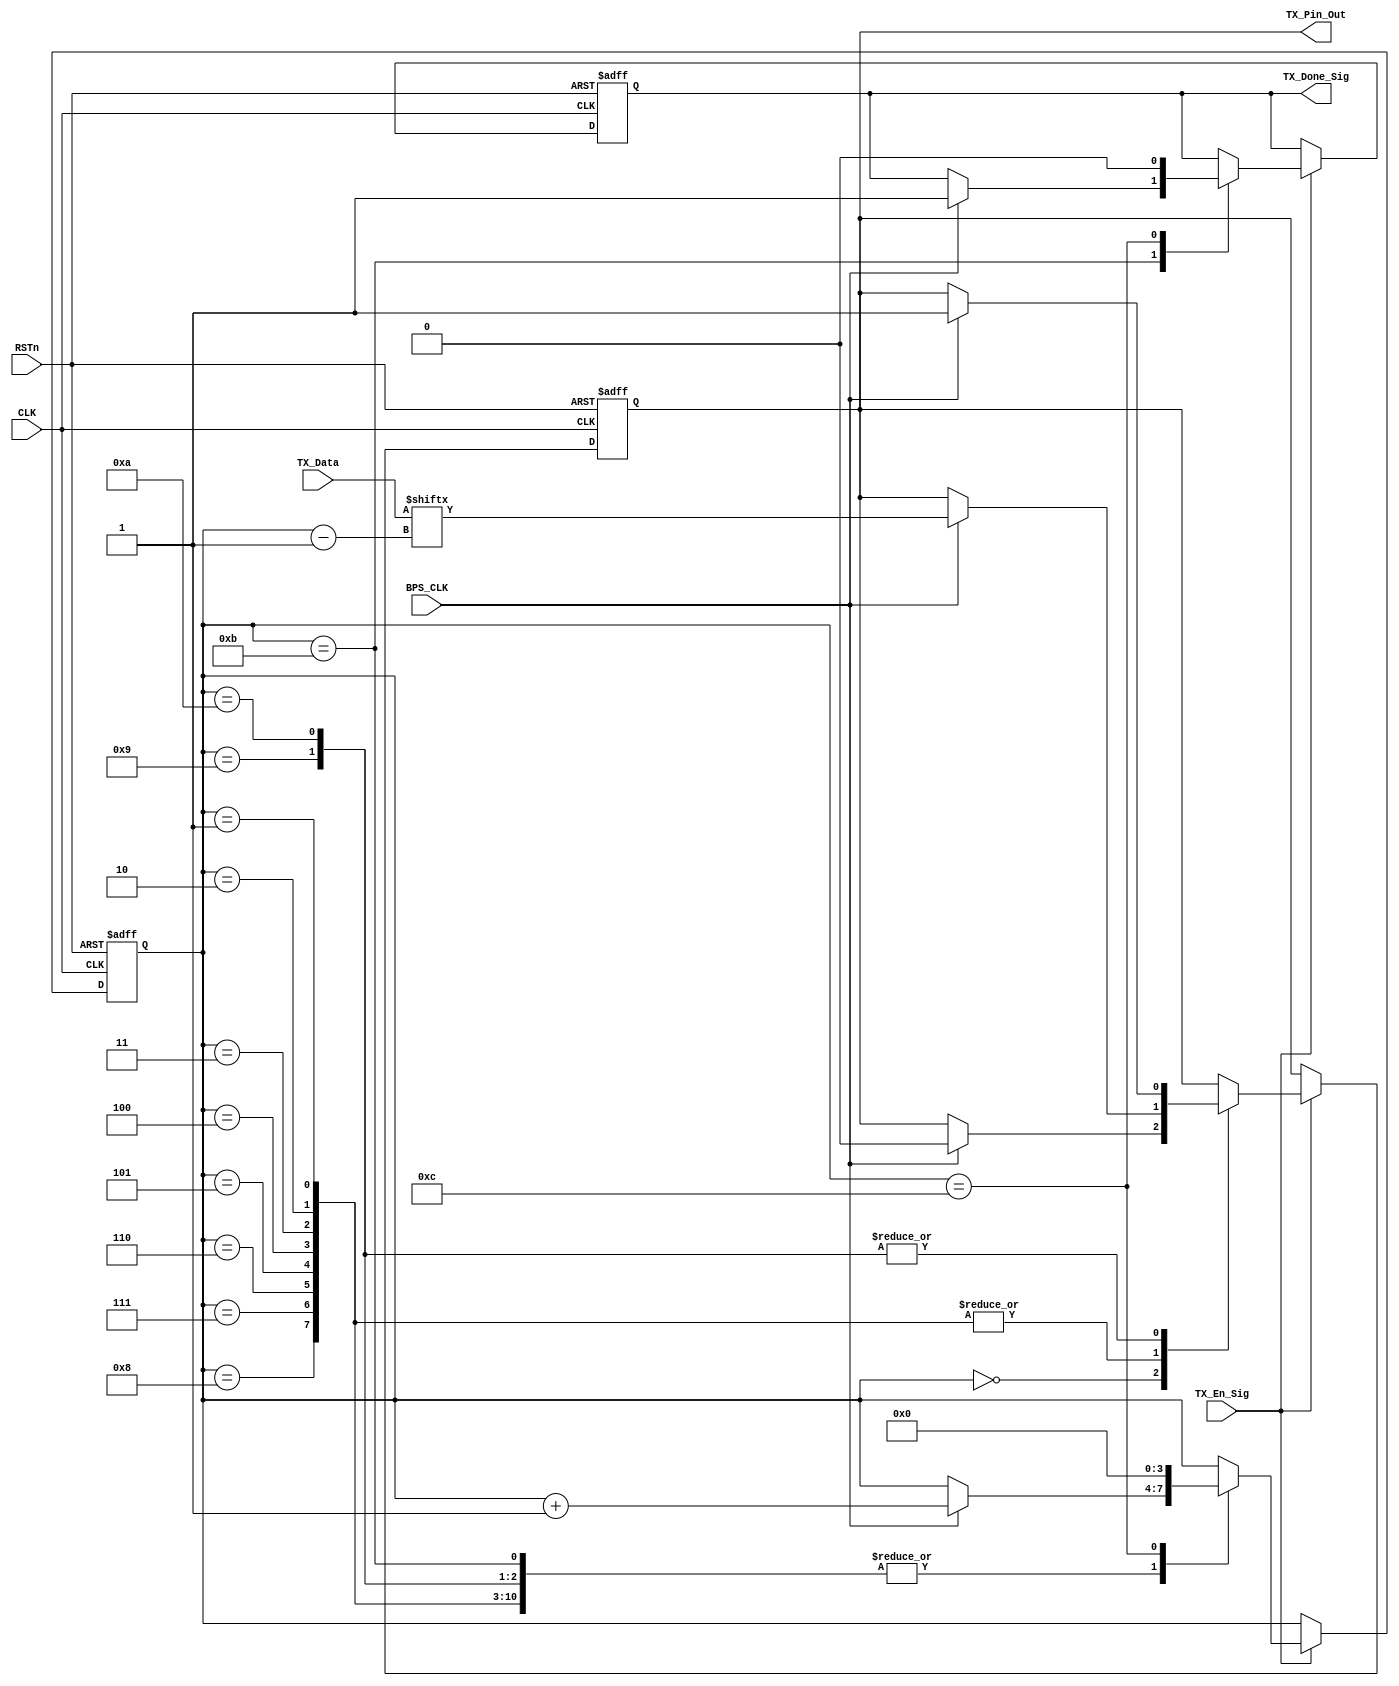
////////////////////////////////////////////////
//// TX_CTL_MODULE.v
//// 				ZHAOCHAO
////					2016-11-14
//////////////////////////////////////////////////////////////
////

module TX_CTL_MODULE
(
	CLK, RSTn,
	TX_En_Sig, TX_Data, BPS_CLK,
	TX_Done_Sig, TX_Pin_Out
);

	input CLK;
	input RSTn;
	input TX_En_Sig;
	input [7:0]TX_Data;
	input BPS_CLK;
	output TX_Done_Sig;
	output TX_Pin_Out;
	
	////////////////////////////////
	
	reg [3:0]state_index;
	reg rTX;
	reg isDone;
	
	always@(posedge CLK or negedge RSTn)
		if (!RSTn)
			begin 	
				state_index <= 4'd0;
				rTX <= 1'b1;
				isDone <= 1'b0;
				
			end
		else if (TX_En_Sig)
			case (state_index)
				4'd0:
					if (BPS_CLK)
						begin 
							state_index <= state_index + 1'b1;
							rTX <= 1'b0;
						end
					
				4'd1, 4'd2, 4'd3, 4'd4,
				4'd5, 4'd6, 4'd7, 4'd8:
					if (BPS_CLK)
						begin	
							state_index <= state_index + 1'b1;
							rTX <= TX_Data[state_index - 1];
						end
					
				4'd9:
					if (BPS_CLK)
						begin
							state_index <= state_index + 1'b1;
							rTX <= 1'b1;
						end
				
				4'd10:
					if (BPS_CLK)
						begin 
							state_index <= state_index + 1'b1;
							rTX <= 1'b1;
						end
						
				4'd11:
					if (BPS_CLK)
						begin
							state_index <= state_index + 1'b1;
							isDone <= 1'b1;
						end
				
				4'd12:
					begin
						state_index <= 1'b0;
						isDone <= 1'b0;
					end
			endcase
	
	//////////////////////////////////////////////////
	
	assign TX_Pin_Out = rTX;
	assign TX_Done_Sig = isDone;
	
	
endmodule